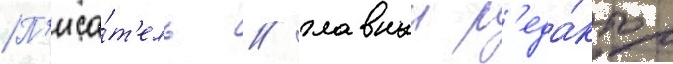
П'иса́т'ель / главныи р'еда́ктор